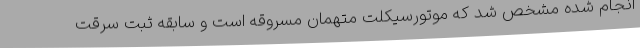
انجام شده مشخص شد که موتورسیکلت متهمان مسروقه است و سابقه ثبت سرقت